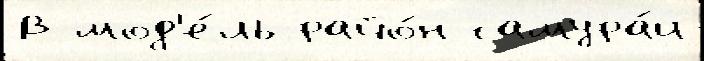
В мод'е́ль райо́н самура́и